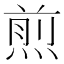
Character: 煎